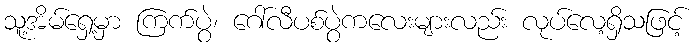
သူ့အိမ်ရှေ့မှာ ကြက်ပွဲ၊ ဂေါ်လီပစ်ပွဲကလေးများလည်း လုပ်လေ့ရှိသဖြင့်